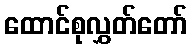
ထောင်စုလွှတ်တော်